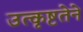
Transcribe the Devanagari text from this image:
उत्कृष्टतेने